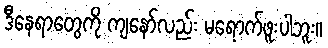
ဒီနေရာတွေကို ကျနော်လည်း မရောက်ဖူးပါဘူး။